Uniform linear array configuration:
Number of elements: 64
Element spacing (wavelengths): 1
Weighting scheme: hann
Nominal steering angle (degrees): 0
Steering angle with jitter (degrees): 1.419
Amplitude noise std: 0.05
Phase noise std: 0.05

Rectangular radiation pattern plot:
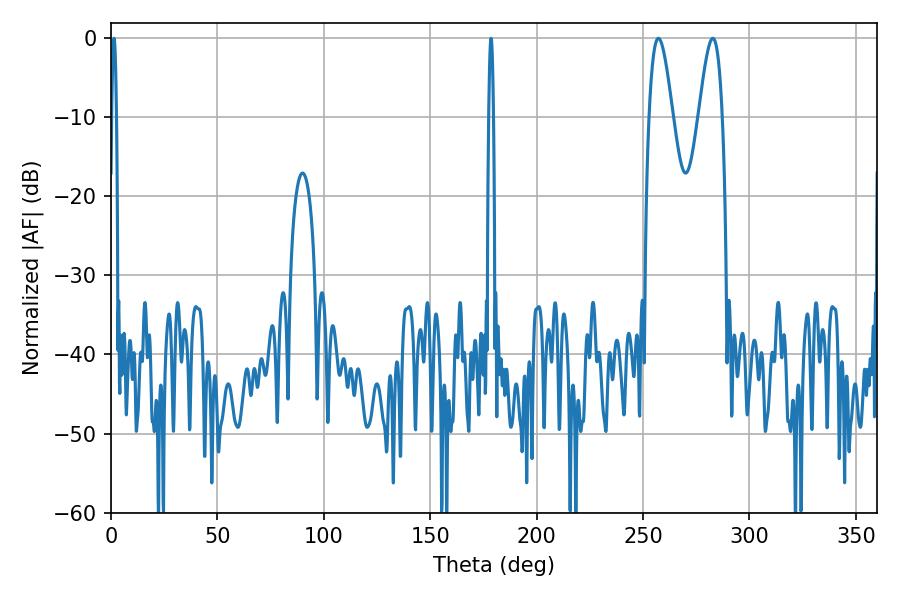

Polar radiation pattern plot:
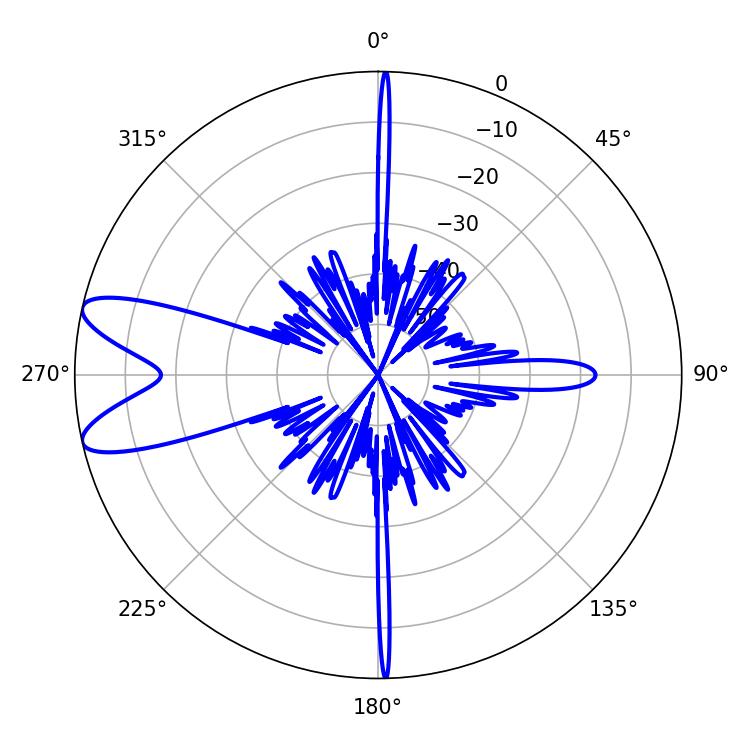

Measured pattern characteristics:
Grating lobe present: TRUE
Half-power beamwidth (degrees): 5.76
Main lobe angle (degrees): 257.22